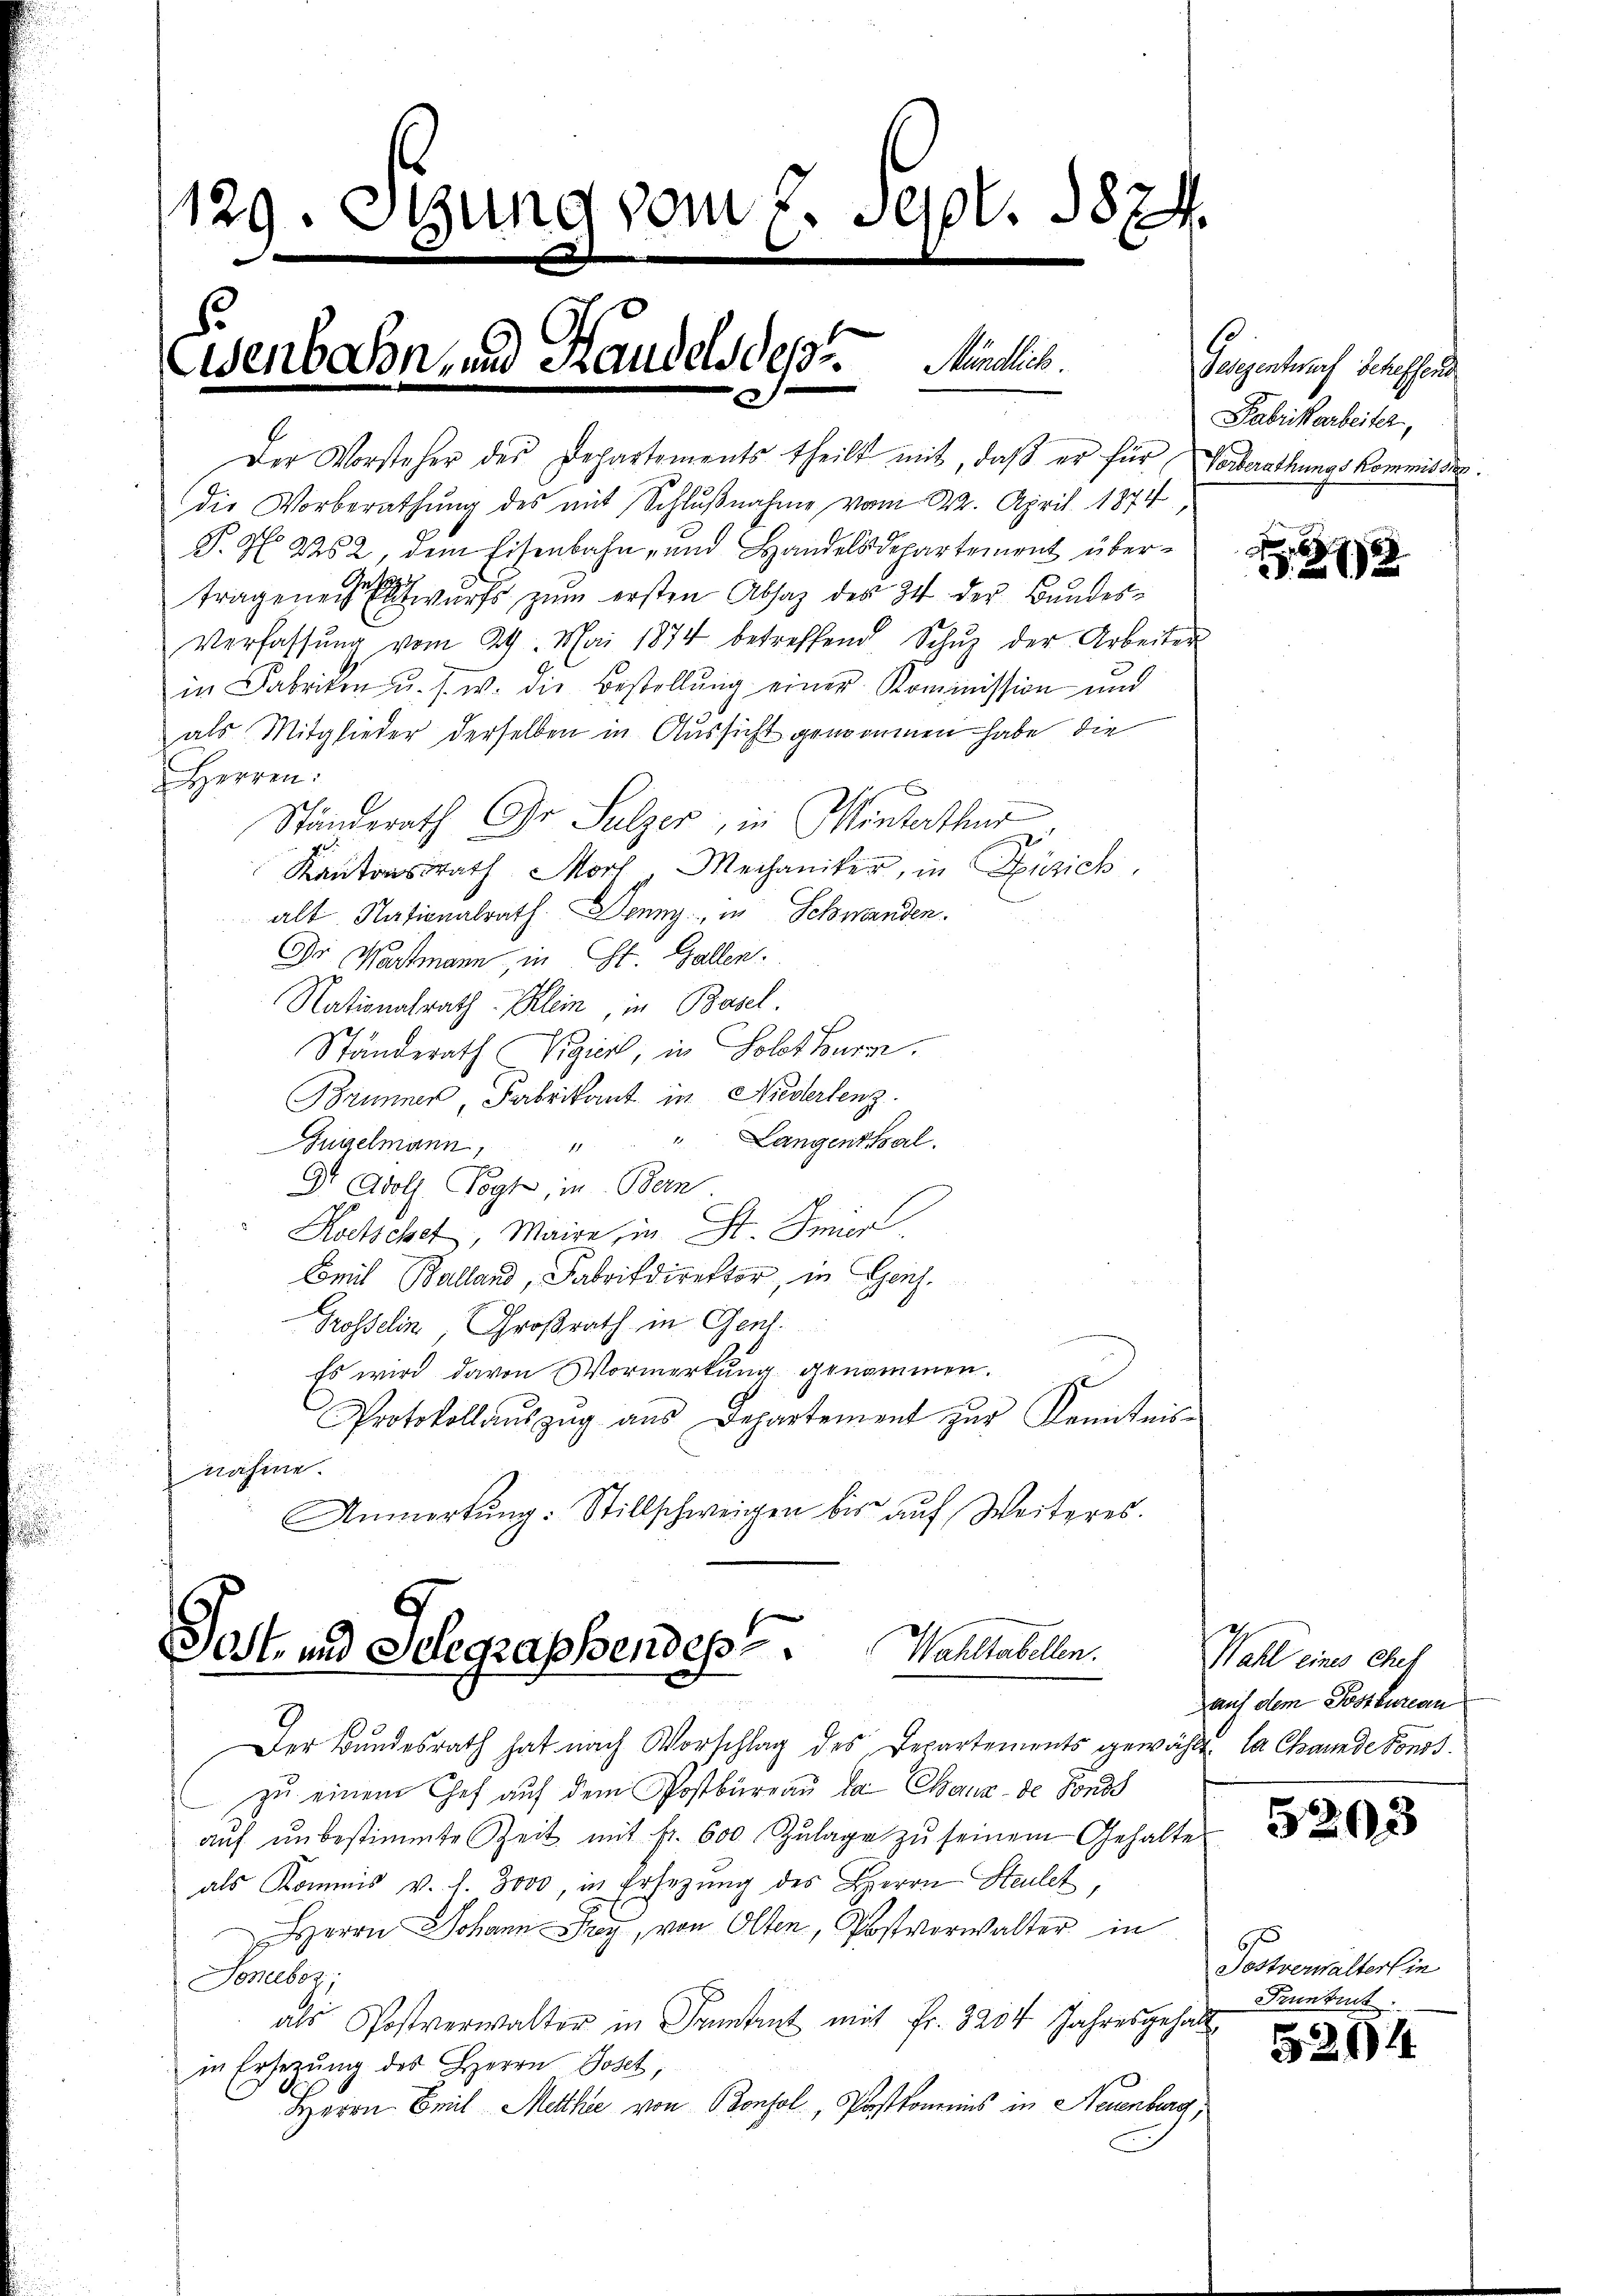
129. Stung vom 7. Sept. 1874.
Eisenbahn und Handels des Rückes.
e

Der Vorsteher des Departements theilt mit, daß er für Verberathungskommissig.
die Vorberathung des mit Schlußnahme vom 222. April 1874,
P. No 262, dem Eisenbahn- und Handelsdepartement über¬
Verfassŭng vom 29. Mai 1874 betreffend Schŭz der Arbeiter
in Fabriken u. s. w. die Bestellŭng einer Kommission und
als Mitglieder derselben in Aussicht genommen habe, die
Herren:
Ständerath Dr Sulzer, in Winterthur
Kantonsrath Morf Mechaniker, in Füzich
alt. Nationalrath. Denny, in Schwanden.
Dr. Wartmann in St. Gallen.
Nationalrath Klein, in Basel.
Ständerath Vigiert, in Solothurg
Brunner, Fabrikant in Niederlenz
Zügelmann, " " Langenthal
Dr Adolf Vogt, in Bern
Kotschet, Maire, in St. Jmier
Cmil Balland, Fabrikdirektor, in Ges.
Grosselin, Großrath in Gent.
Es wird davon Vormerkung genommen.
Protokollaŭszŭg aŭs Departement zur Kenntnis-
nähme.
Anmerkŭng: Stillschweigen bis aŭf Weiteres.

tragenen wurde zum ersten Absaz des 34 der Bundes¬

Der Bundesrath hat nach Vorschlag des Departements gewählt, la Chaunde Fonds.
zŭ einem Chef auf dem Postbüreaŭ la Chaux-de Fonds
aŭf ŭnbestimmte Zeit mit fr. 600 Zŭlage zŭ seinem Gehaltes
als Kommis v. f. 3000, in Ersezung des Herrn Steulet,
Herrn Johann Frey, von Olten, Postverwalter in
Joneebez
als Postverwalter in Franken mit Fr. 3204 Jahresgehalt
in Ersetzŭng des Herrn Josef,
Herrn Emil Metthe von Bonsol, Postkomnis in Neuenburg,

Post- und Schegraphendes Wahltabellen.

Geigentwarf scheffend
Fabrikarbeiter,

6
272

Wahl eines Chef
auf dem Postbureau

5203

6
Sostverwalter in
Frunbuch

5264